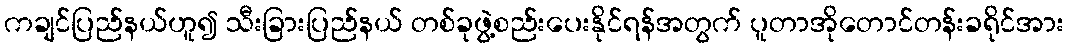
ကချင်ပြည်နယ်ဟူ၍ သီးခြားပြည်နယ် တစ်ခုဖွဲ့စည်းပေးနိုင်ရန်အတွက် ပူတာအိုတောင်တန်းခရိုင်အား